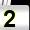
Digit: 2